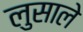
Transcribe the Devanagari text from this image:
लुसाले